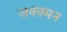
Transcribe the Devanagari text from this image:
जक्क्मन